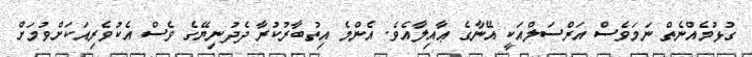
ގުޅުމެއްނެތް ނަމަވެސް އަރްސަލްއަކީ އޭނާގެ ޢާއިލާއެވެ. އެންމެ އިތުބާރުކުރާ ދެދުނިޔޭގެ ވެސް އެކުވެރިއަކަށްވުމަށް